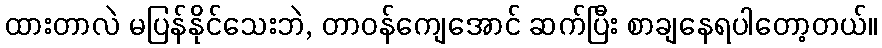
ထားတာလဲ မပြန်နိုင်သေးဘဲ, တာဝန်ကျေအောင် ဆက်ပြီး စာချနေရပါတော့တယ်။